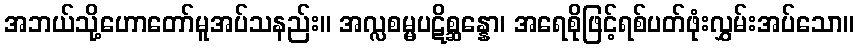
အဘယ်သို့ဟောတော်မူအပ်သနည်း။ အလ္လစမ္မပဋိစ္ဆန္နော၊ အရေစိုဖြင့်ရစ်ပတ်ဖုံးလွှမ်းအပ်သော။